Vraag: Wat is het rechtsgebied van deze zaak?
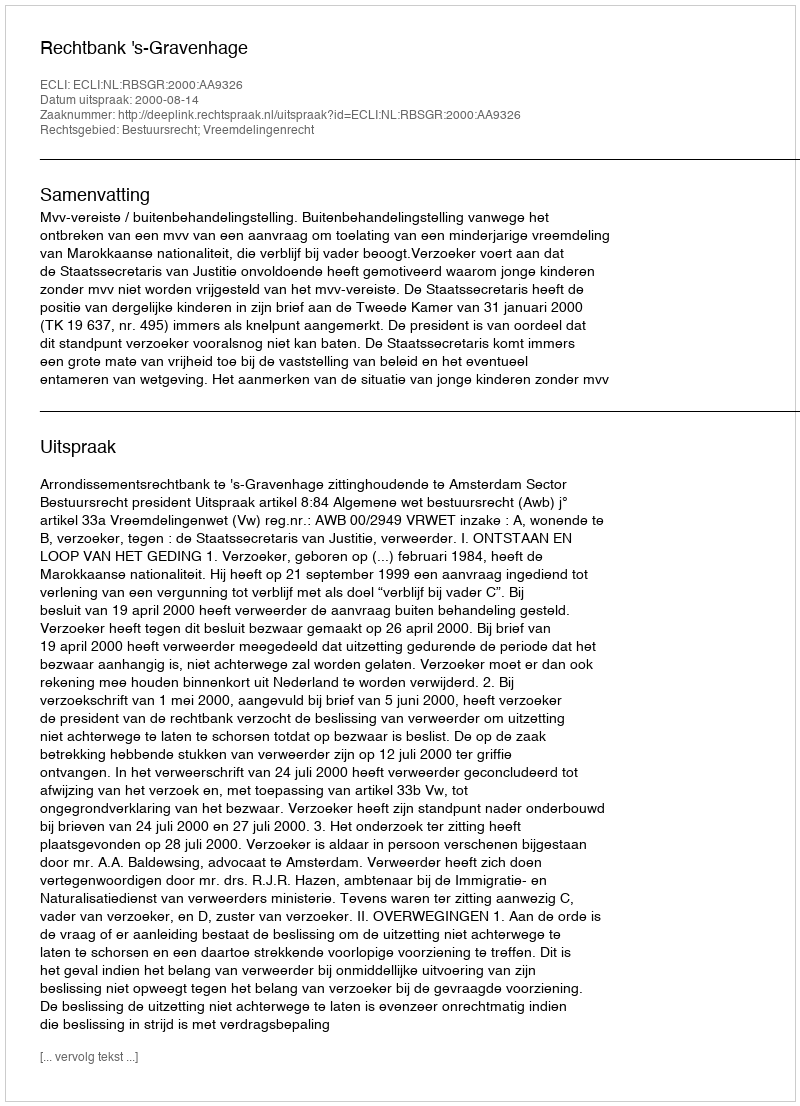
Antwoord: Bestuursrecht; Vreemdelingenrecht